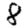
Digit: 8